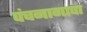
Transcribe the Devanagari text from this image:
पंचनागाचा